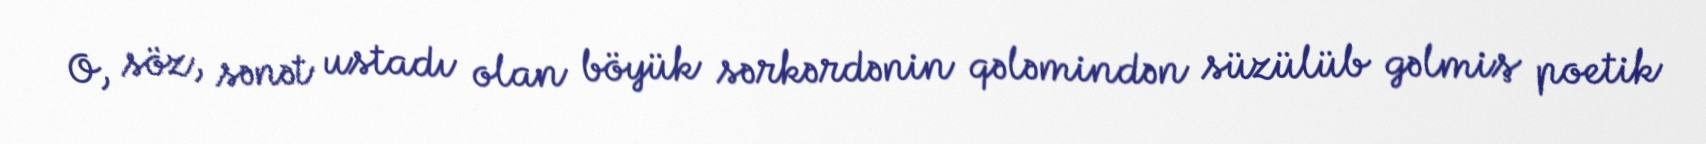
O, söz, sənət ustadı olan böyük sərkərdənin qələmindən süzülüb gəlmiş poetik